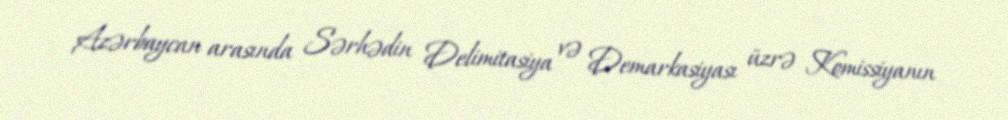
Azərbaycan arasında Sərhədin Delimitasiya və Demarkasiyası üzrə Komissiyanın